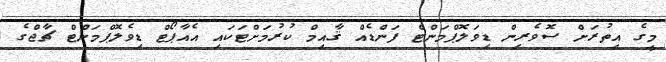
މީގެ އިތުރަށް ސޮވެރިން ޑިވަލޮޕްމަންޓް ފަންޑެއް ޤާއިމް ކުރުމަށްޓަކައި އެއާޕޯޓް ޑިވެލޮޕްމަންޓް ޗާޖްގެ